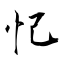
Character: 忋